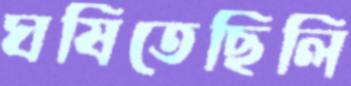
ঘষিতেছিলি